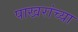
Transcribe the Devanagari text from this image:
पाखरांच्या